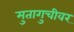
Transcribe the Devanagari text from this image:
मुतागुचीवर